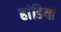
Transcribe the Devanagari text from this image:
हांडियां